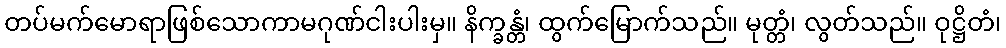
တပ်မက်မောရာဖြစ်သောကာမဂုဏ်ငါးပါးမှ။ နိက္ခန္တံ၊ ထွက်မြောက်သည်။ မုတ္တံ၊ လွတ်သည်။ ဝုဋ္ဌိတံ၊